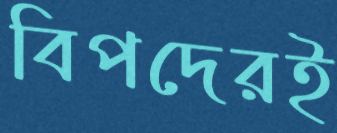
বিপদেরই